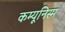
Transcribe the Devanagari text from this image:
कम्यूनिस्म